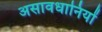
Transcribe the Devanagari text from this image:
असावधानियों